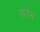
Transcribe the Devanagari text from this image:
फरेम